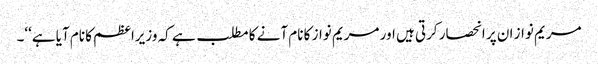
مریم نواز ان پر انحصار کرتی ہیں اور مریم نواز کا نام آنے کا مطلب ہے کہ وزیراعظم کا نام آیا ہے‘‘۔